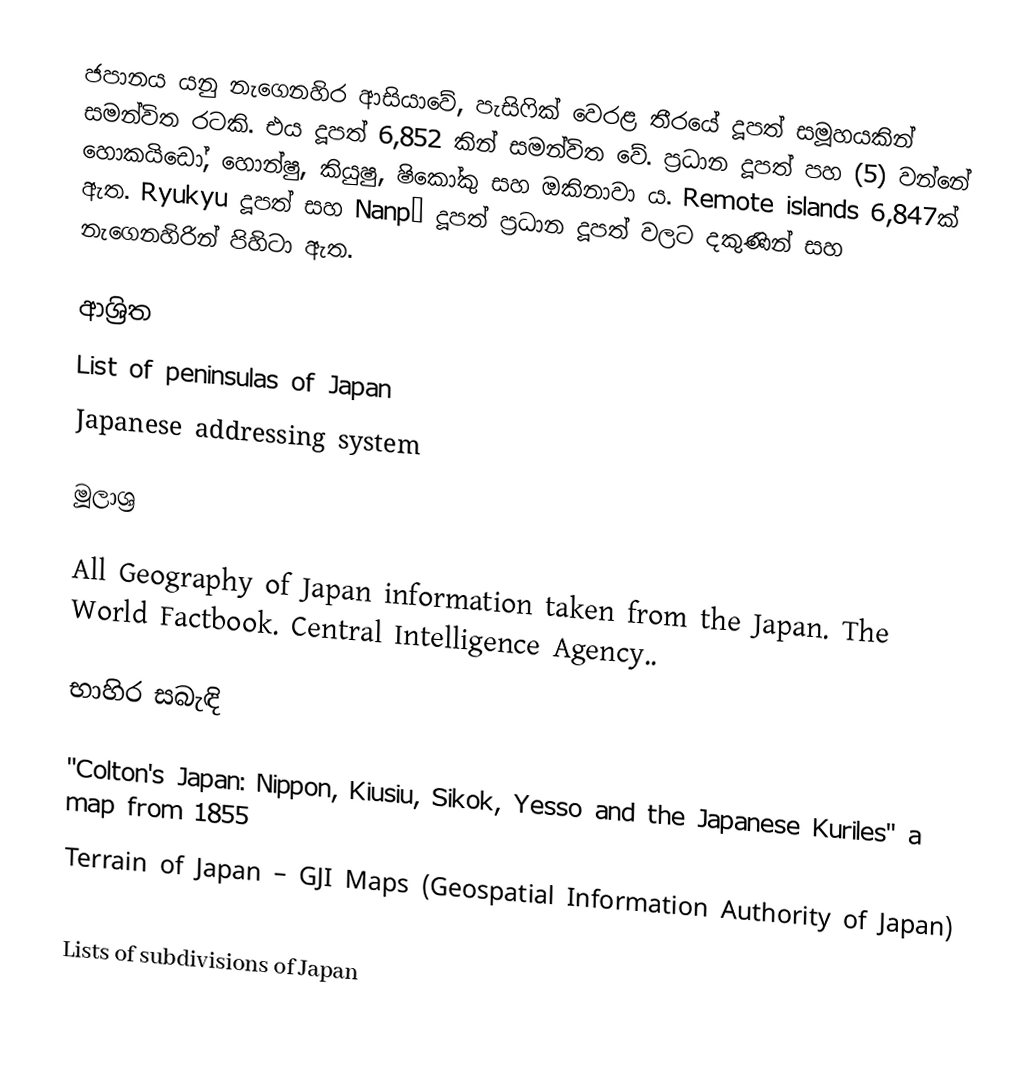
ජපානය යනු නැගෙනහිර ආසියාවේ, පැසිෆික් වෙරළ තීරයේ දූපත් සමූහයකින් සමන්විත රටකි. එය දූපත් 6,852 කින් සමන්විත වේ. ප්‍රධාන දූපත් පහ (5) වන්නේ හොකයිඩෝ, හොන්ෂු, කියුෂු, ෂිකෝකු සහ ඔකිනාවා ය. Remote islands 6,847ක් ඇත. Ryukyu දූපත් සහ Nanpō දූපත් ප්‍රධාන දූපත් වලට දකුණින් සහ නැගෙනහිරින් පිහිටා ඇත.

ආශ්‍රිත
 List of peninsulas of Japan
 Japanese addressing system

මූලාශ්‍ර

 All Geography of Japan information taken from the Japan. The World Factbook. Central Intelligence Agency..

භාහිර සබැඳි

 "Colton's Japan: Nippon, Kiusiu, Sikok, Yesso and the Japanese Kuriles" a map from 1855
 Terrain of Japan – GJI Maps (Geospatial Information Authority of Japan)

Lists of subdivisions of Japan